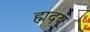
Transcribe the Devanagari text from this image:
ह्मदय